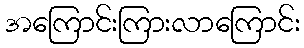
အကြောင်းကြားလာကြောင်း